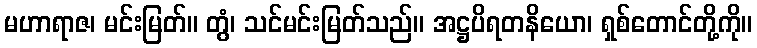
မဟာရာဇ၊ မင်းမြတ်။ တွံ၊ သင်မင်းမြတ်သည်။ အဋ္ဌပိရတနိယော၊ ရှစ်တောင်တို့ကို။